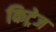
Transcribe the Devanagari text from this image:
किट्रेज